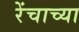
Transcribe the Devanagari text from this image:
रेंचाच्या